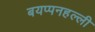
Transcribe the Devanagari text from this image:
बयप्पनहल्ली